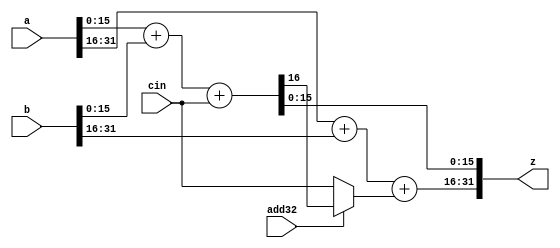
// Modified by Princeton University on June 9th, 2015
// ========== Copyright Header Begin ==========================================
// 
// OpenSPARC T1 Processor File: sparc_ffu_part_add32.v
// Copyright (c) 2006 Sun Microsystems, Inc.  All Rights Reserved.
// DO NOT ALTER OR REMOVE COPYRIGHT NOTICES.
// 
// The above named program is free software; you can redistribute it and/or
// modify it under the terms of the GNU General Public
// License version 2 as published by the Free Software Foundation.
// 
// The above named program is distributed in the hope that it will be 
// useful, but WITHOUT ANY WARRANTY; without even the implied warranty of
// MERCHANTABILITY or FITNESS FOR A PARTICULAR PURPOSE.  See the GNU
// General Public License for more details.
// 
// You should have received a copy of the GNU General Public
// License along with this work; if not, write to the Free Software
// Foundation, Inc., 51 Franklin St, Fifth Floor, Boston, MA 02110-1301, USA.
// 
// ========== Copyright Header End ============================================
///////////////////////////////////////////////////////////////////////
/*
//  Module Name: sparc_ffu_part_add32
//      Description: This is the ffu VIS adder.  It can do either 
//				2 16 bit adds or 1 32 bit add.
*/
module sparc_ffu_part_add32 (/*AUTOARG*/
   // Outputs
   z, 
   // Inputs
   a, b, cin, add32
   ) ;
   input [31:0] a;
   input [31:0] b;
   input        cin;
   input        add32;

   output [31:0] z;

   wire          cout15; // carry out from lower 16 bit add
   wire          cin16; // carry in to the upper 16 bit add

   assign        cin16 = (add32)? cout15: cin;

   assign      {cout15, z[15:0]} = a[15:0]+b[15:0]+{15'b0,cin};   
   assign      z[31:16] = a[31:16]+b[31:16]+{15'b0,cin16};   
   
endmodule // sparc_ffu_part_add32